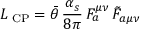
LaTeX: { \cal L } _ { \mathrm { \scriptsize ~ C P } } = { \bar { \theta } } \, \frac { \alpha _ { s } } { 8 \pi } \, F _ { a } ^ { \mu \nu } \, { \tilde { F } } _ { a \mu \nu }